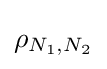
\rho _{N_{1},N_{2}}